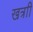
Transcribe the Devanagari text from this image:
खत्राी